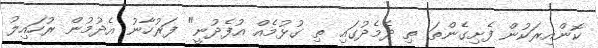
ކޮންއިރަކުން ފެށިގެންތަ ތި ދެމެދުގައި ތި ގުޅުމެއް އުފެދުނީ" ފަރުހާނު އެދުމުން ރުހައިލު